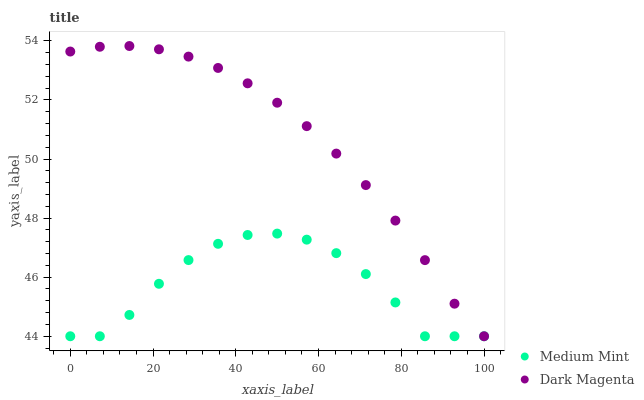
| xaxis_label | Medium Mint | Dark Magenta |
 | --- | --- | --- |
 | 0 | 44 | 53.6 |
 | 7.14 | 44 | 53.8 |
 | 14.3 | 44.7 | 53.8 |
 | 21.4 | 45.8 | 53.7 |
 | 28.6 | 46.6 | 53.5 |
 | 35.7 | 47.1 | 53.1 |
 | 42.9 | 47.4 | 52.6 |
 | 50 | 47.5 | 51.9 |
 | 57.1 | 47.3 | 51.1 |
 | 64.3 | 46.8 | 50.2 |
 | 71.4 | 46.1 | 49.1 |
 | 78.6 | 45.1 | 47.9 |
 | 85.7 | 44 | 46.6 |
 | 92.9 | 44 | 45.1 |
 | 100 | 44 | 44 |